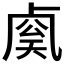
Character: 𰆈